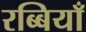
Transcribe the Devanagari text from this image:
रब्बियाँ